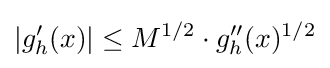
|g_{h}'(x)|\leq M^{1/2}\cdot g_{h}''(x)^{1/2}